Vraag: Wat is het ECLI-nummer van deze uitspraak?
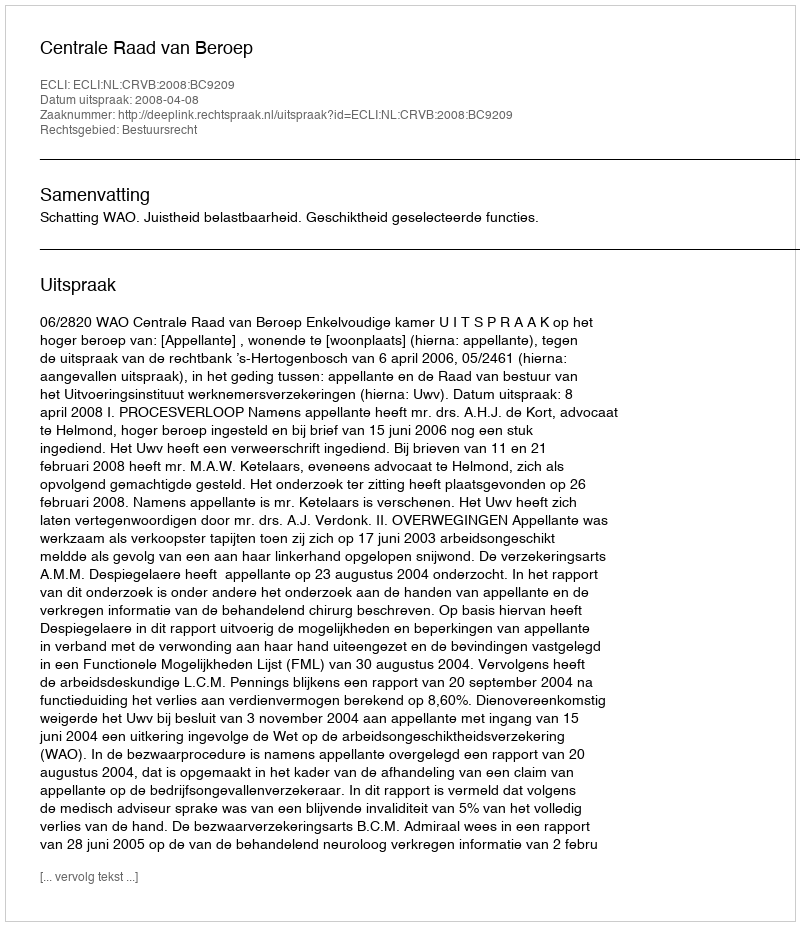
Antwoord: ECLI:NL:CRVB:2008:BC9209